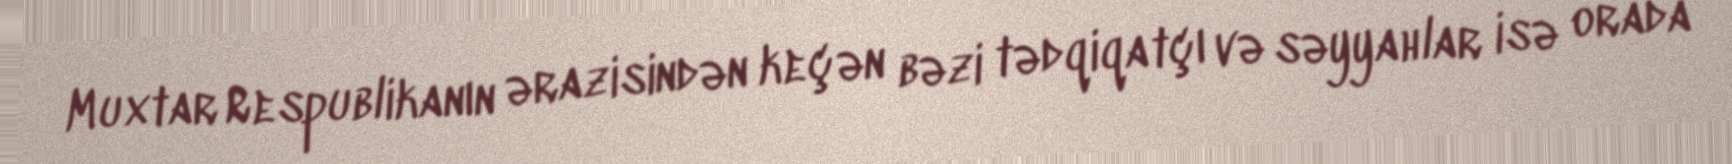
Muxtar Respublikanın ərazisindən keçən bəzi tədqiqatçı və səyyahlar isə orada